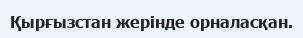
Қырғызстан жерінде орналасқан.